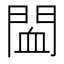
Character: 䦗